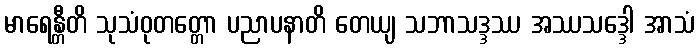
မာရေန္တီတိ သုသံဝုတတ္တော ပညာပနာတိ တေယျ သဘာသဒ္ဒဿ အဿသဒ္ဒေါ အာသံ